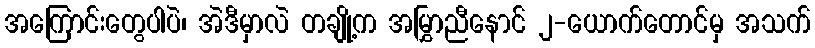
အကြောင်းတွေပါပဲ၊ အဲဒီမှာလဲ တချို့က အမြွှာညီနောင် ၂-ယောက်တောင်မှ အသက်